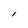
Character: l